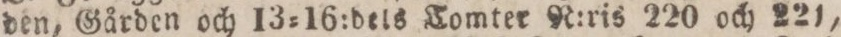
den, Gården och 13=16:dels Tomter R:ris 220 och 221,